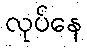
လုပ်နေ